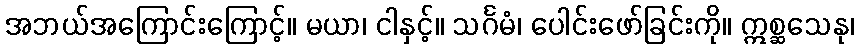
အဘယ်အကြောင်းကြောင့်။ မယာ၊ ငါနှင့်။ သင်္ဂမံ၊ ပေါင်းဖော်ခြင်းကို။ ဣစ္ဆသေနု၊